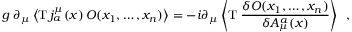
g \; \partial _ { \mu } \left\langle \mathrm { T } \, j _ { a } ^ { \mu } ( x ) \, { \cal O } ( x _ { 1 } , \ldots , x _ { n } ) \right\rangle = - i \partial _ { \mu } \left\langle \mathrm { T } \; { \frac { \delta { \cal O } ( x _ { 1 } , \ldots , x _ { n } ) } { \delta { \cal A } _ { \mu } ^ { a } ( x ) } } \right\rangle \; \; ,